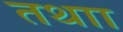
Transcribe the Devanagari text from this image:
तथाा